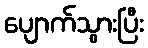
ပျောက်သွားပြီး